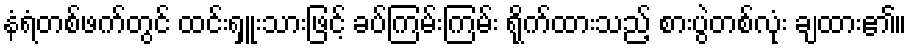
နံရံတစ်ဖက်တွင် ထင်းရှူးသားဖြင့် ခပ်ကြမ်းကြမ်း ရိုက်ထားသည့် စားပွဲတစ်လုံး ချထား၏။